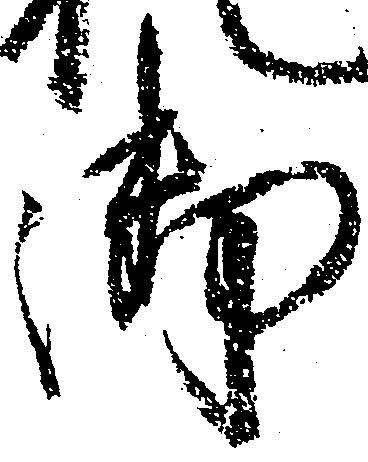
御